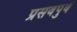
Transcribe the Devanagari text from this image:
प्रसवपुर्व